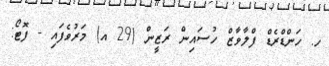
ހ. ހަންޑްރެޑް ފްލާވާޒް ހުސައިން ރަޒީން (29 އ) މަރުވެފައި - ފޮޓޯ: